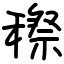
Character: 穄